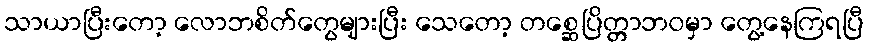
သာယာပြီးတော့ လောဘစိတ်တွေများပြီး သေတော့ တစ္ဆေပြိတ္တာဘဝမှာ တွေ့နေကြရပြီ